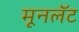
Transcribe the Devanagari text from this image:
मूनलॅट